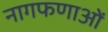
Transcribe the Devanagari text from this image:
नागफणाओं